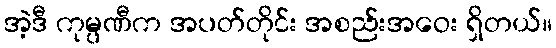
အဲ့ဒီ ကုမ္ပဏီက အပတ်တိုင်း အစည်းအဝေး ရှိတယ်။